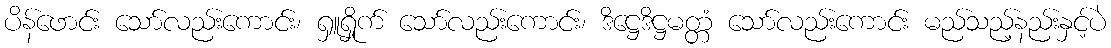
ပိန်ဖောင်း သော်လည်းကောင်း၊ ရှူရှိုက် သော်လည်းကောင်း၊ ဒိဋ္ဌေဒိဋ္ဌမတ္တံ သော်လည်းကောင်း မည်သည့်နည်းနှင့်ပဲ